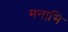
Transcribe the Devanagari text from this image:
मनाभि